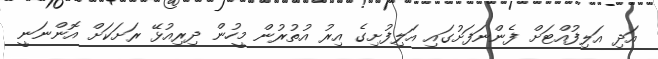
އަދި އަލިފުއްޓަށް ފެންނަފަށުގައި އަލިފުށިގެ އިރު އުތުރުން މީހުން ދިރިއުޅޭ ރަށަކަށް އޮންނަނީ